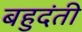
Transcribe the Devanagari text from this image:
बहुदंती